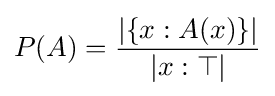
P(A)={\frac {|\{x:A(x)\}|}{|x:\top |}}